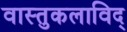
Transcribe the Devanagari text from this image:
वास्तुकलाविद्